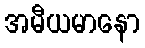
အမီယမာနော